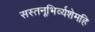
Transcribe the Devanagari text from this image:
सस्तनूभिर्व्यशेमहि